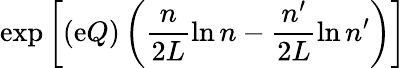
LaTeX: \exp\left[(\mathrm{e}Q)\left(\frac{{n}}{{2L}}\ln{n}-\frac{{n^{\prime}}}{{2L}}\ln{n^{\prime}}\right)\right]